Report on lock hospitals in British Burma
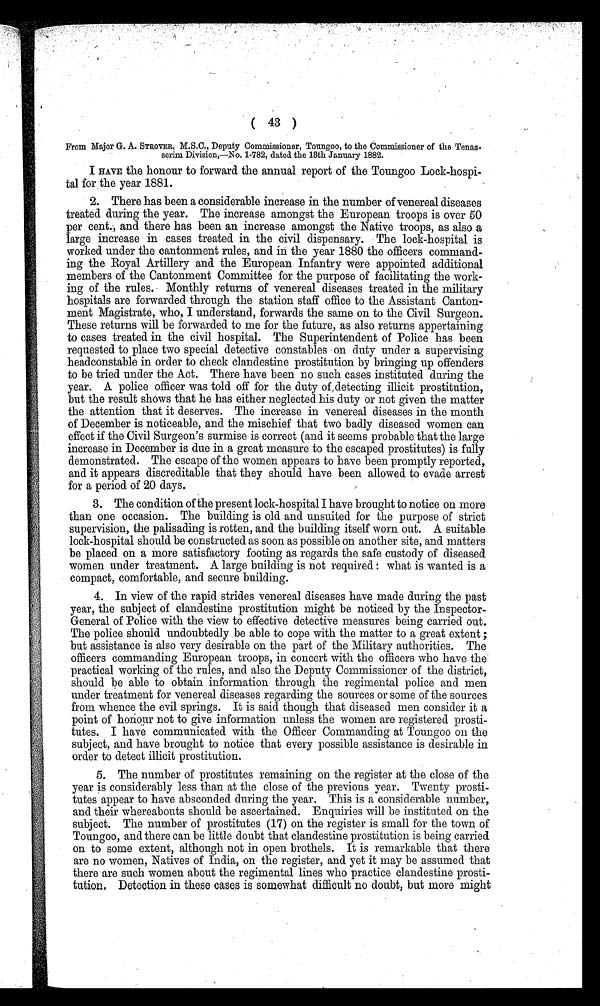
( 43 )
From Major G. A. STROVER, M.S.C., Deputy Commissioner, Toungoo, to the Commissioner of the
Tenas-serim Division,—No. 1-782, dated the 13th January 1882.
I HAVE the honour to forward the annual report of the Toungoo Lock-hospi
-tal for the year 1881.
2. There has been a considerable increase in the number of venereal diseases
treated during the year. The increase amongst the European troops is over 50
per cent., and there has been an increase amongst the Native troops, as also a
large increase in cases treated in the civil dispensary. The lock-hospital is
worked under the cantonment rules, and in the year 1880 the officers command-
- i n g t h e R o y a l A r t i l l e r y a n d t h e E u r o p e a n I n f a n t r y w e r e a p p o i n t e d a d d i t i o n a l
members of the Cantonment Committee for the purpose of facilitating the work--
ing of the rules. Monthly returns of venereal diseases treated in the military
hospitals are forwarded through the station staff office to the Assistant Canton--
ment Magistrate, who, I understand, forwards the same on to the Civil Surgeon.
These returns will be forwarded to me for the future, as also returns appertaining
to cases treated in the civil hospital. The Superintendent of Police has been
requested to place two special detective constables on duty under a supervising
headconstable in order to check clandestine prostitution by bringing up offenders
to be tried under the Act. There have been no such cases instituted during the
year. A police officer was told off for the duty of detecting illicit prostitution,
but the result shows that he has either neglected his duty or not given the matter
the attention that it deserves. The increase in venereal diseases in the month
of December is noticeable, and the mischief that two badly diseased women can
effect if the Civil Surgeon's surmise is correct (and it seems probable that the large
increase in December is due in a great measure to the escaped prostitutes) is fully
demonstrated. The escape of the women appears to have been promptly reported,
and it appears discreditable that they should have been allowed to evade arrest
for a period of 20 days.
3.
The condition of the present lock-hospital I have brought to notice on more
than one occasion. The building is old and unsuited for the purpose of strict
supervision, the palisading is rotten, and the building itself worn out. A suitable
lock-hospital should be constructed as soon as possible on another site, and matters
be placed on a more satisfactory footing as regards the safe custody of diseased
women under treatment. A large building is not required : what is wanted is a
compact, comfortable, and secure building.
4. In view of the rapid strides venereal diseases have made during the past
year, the subject of clandestine prostitution might be noticed by the Inspector-
General of Police with the view to effective detective measures being carried out.
The police should undoubtedly be able to cope with the matter to a great extent ;
but assistance is also very desirable on the part of the Military authorities. The
officers commanding European troops, in concert with the officers who have the
practical working of the rules, and also the Deputy Commissioner of the district,
should be able to obtain information through the regimental police and men
under treatment for venereal diseases regarding the sources or some of the sources
from whence the evil springs. It is said though that diseased men consider it a
point of honour not to give information unless the women are registered prosti-
-tutes. I have communicated with the Officer Commanding at Toungoo on the
subject, and have brought to notice that every possible assistance is desirable in
order to detect illicit prostitution.
5.
The number of prostitutes remaining on the register at the close of the
year is considerably less than at the close of the previous year. Twenty prosti-
-tutes appear to have absconded during the year. This is a considerable number,
and their whereabouts should be ascertained. Enquiries will be instituted on the
subject. The number of prostitutes (17) on the register is small for the town of
Toungoo, and there can be little doubt that clandestine prostitution is being carried
on to some extent, although not in open brothels. It is remarkable that there
are no women, Natives of India, on the register, and yet it may be assumed that
there are such women about the regimental lines who practice clandestine prosti-
-tution. Detection in these cases is somewhat difficult no doubt, but more might